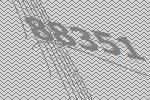
88351